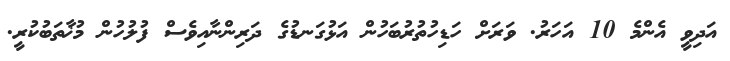
އަދިވީ އެންމެ 10 އަހަރު. ވަރަށް ހަޑިހުތުރުބަހުން އަޅުގަނޑުގެ ދަރިންނާއިވެސް ފުލުހުން މުޚާތަބުކުރީ.